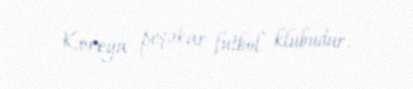
Koreya peşəkar futbol klubudur.